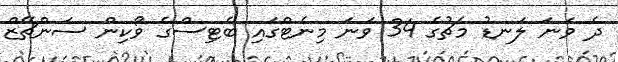
ދެ ވަނަ ލަނޑު މެޗުގެ 34 ވަނަ މިނެޓްގައި ބެޓިސްގެ ވޯކިން ސަންޗޭޒް